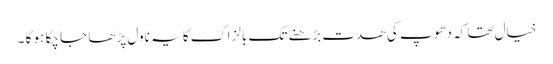
خیال تھا کہ دھوپ کی ھدت بڑھنے تک بالزاک کا یہ ناول پڑھا جا چکا ہو گا ۔